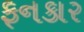
ફનકાર